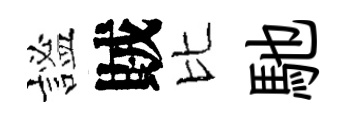
謐賊比馳